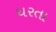
ધરતા